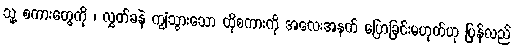
သူ့ စကားတွေကို ၊ လွှတ်ခနဲ ကျွံသွားသော ထိုစကားကို အလေးအနက် ပြောခြင်းမဟုတ်ဟု ပြန်လည်